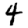
Digit: 4